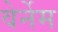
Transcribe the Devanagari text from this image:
वेर्नेम